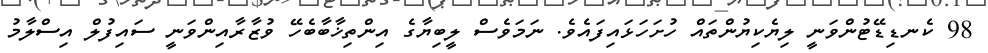
98 ކެނޑިޑޭޓުންވަނީ ލިޔެކިޔުންތައް ހުށަހަޅައިފައެވެ. ނަމަވެސް ލީބިޔާގެ އިންތިޚާބާބެހޭ ވުޒާރާއިންވަނީ ސައިފުލް އިސްލާމު